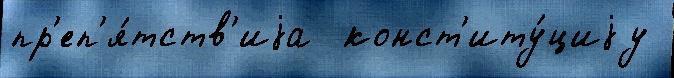
пр'еп'я́тств'иjа  конст'иту́циjу